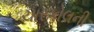
ચારકોલની